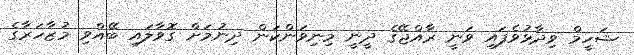
ޝަހީމް ވިދާޅުވެފައި ވަނީ ރާއްޖޭގެ ދީނީ މިނިވަންކަން ދިނުމަށް ގޮވާލައި ބޭއްވި މުޒާހަރާގެ